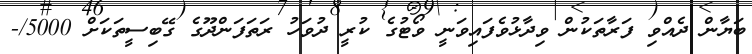
ބަޔާން ދެއްވި ފަރާތަކުން ވިދާޅުވެފައިވަނީ ވޯޓުގެ ކުރީ ދުވަހު ރަތަފަންދޫގެ ގޭބިސީތަކަށް 5000/-